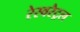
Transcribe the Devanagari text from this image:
रेस्वरैट्रल